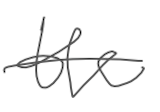
Text: the
Cross-out: single-line
Writing tool: digital_gray